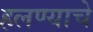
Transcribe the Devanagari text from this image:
हलण्याचे